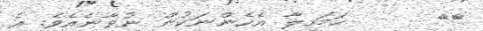
٢٣      ހަމަހިލާ އެހެންނަކުން ނުވާނެއެވެ. އެ